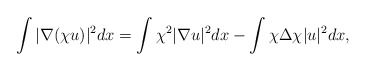
\begin{align*}\int |\nabla(\chi u)|^2 dx = \int \chi^2 |\nabla u|^2 dx -\int \chi \Delta \chi |u|^2 dx,\end{align*}